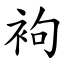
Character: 袧